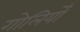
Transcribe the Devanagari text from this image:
गोलियोँ